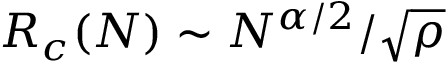
R _ { c } ( N ) \sim N ^ { \alpha / 2 } / \sqrt { \rho }